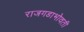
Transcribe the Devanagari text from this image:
राजगडाभोवती